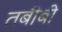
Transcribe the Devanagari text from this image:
तबीबी